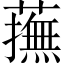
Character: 𧁵